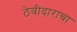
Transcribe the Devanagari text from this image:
ठेवीदाराचा